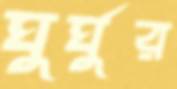
ঘুর্ঘুর